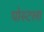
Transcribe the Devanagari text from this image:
पोस्टला